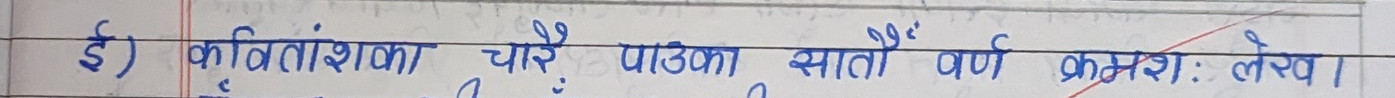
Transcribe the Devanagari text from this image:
ई) कवितांशका चारे पाऊका सातौं वर्ण क्रमश: लेख ।